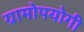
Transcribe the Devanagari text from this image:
ग्रामोपयोगी